Leningradi_Edasi_toimetus, lk 28
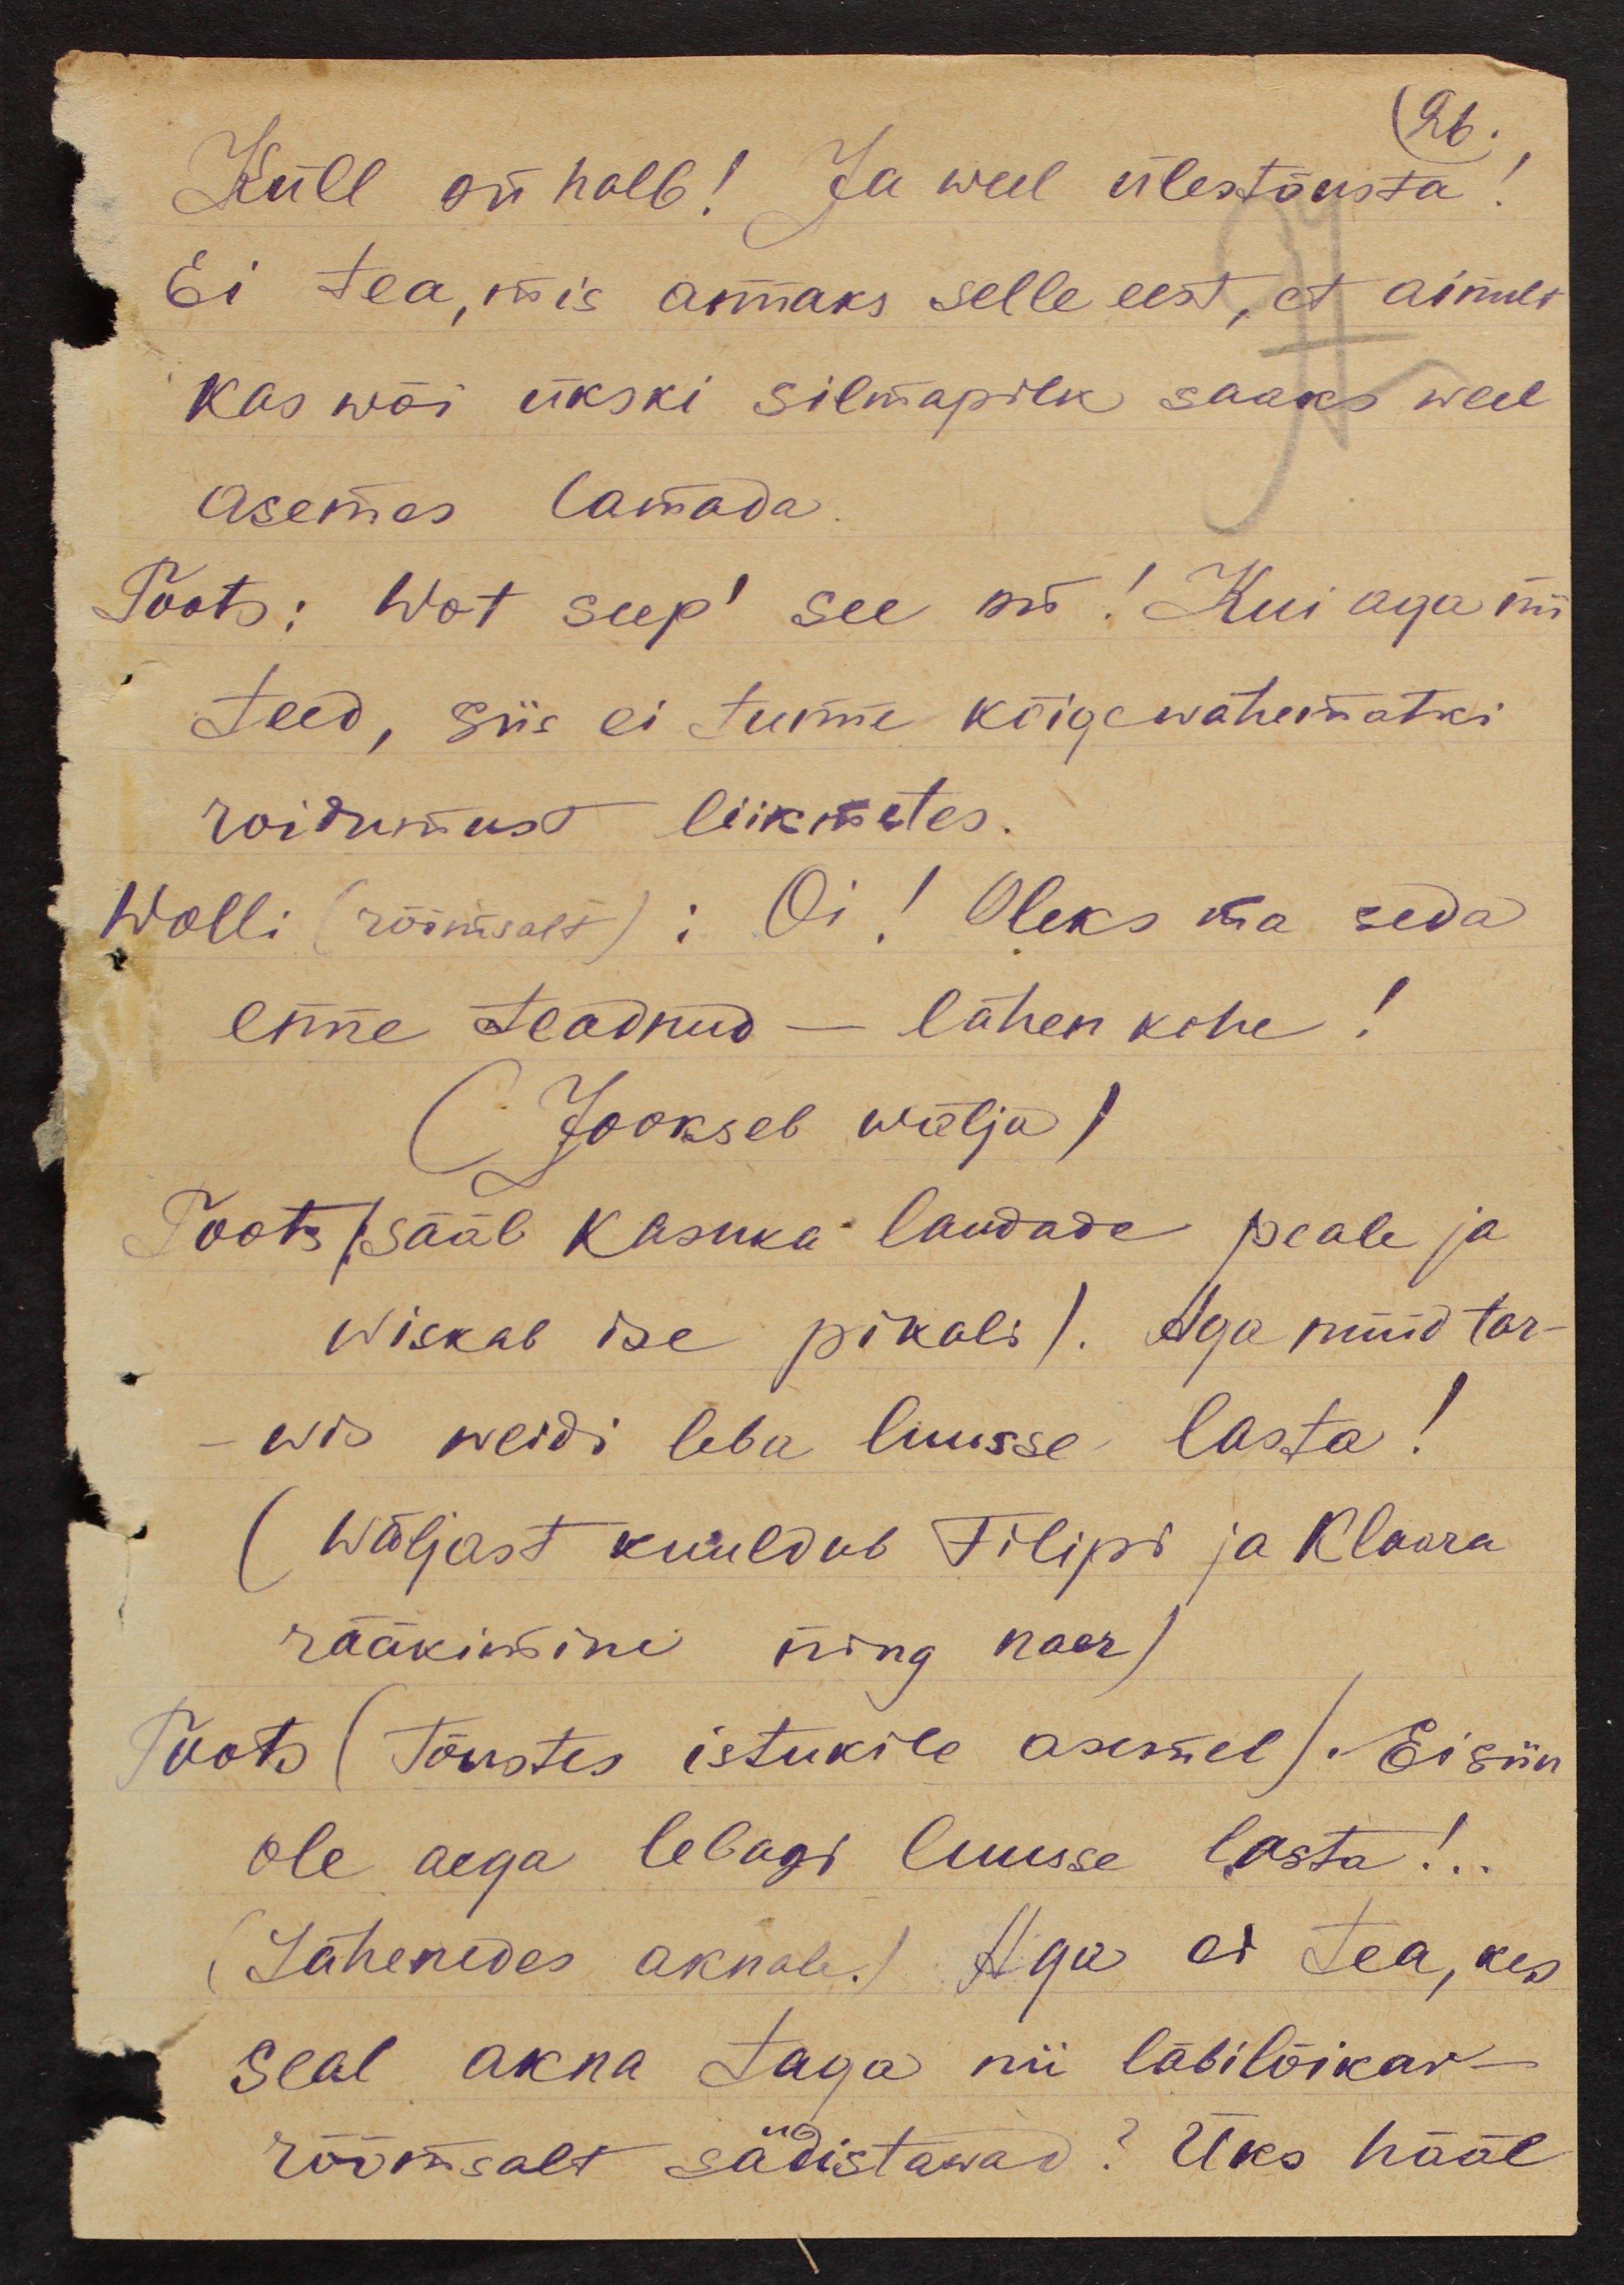
26.
Küll on halb! Ja weel ülestõusta!
Ei tea, mis annaks selle eest, et ainult
kas wõi ükski silmapilk saaks weel
asemes lamada
Toots: Wot seep' see on! Kui aga nii
teed, siis ei tunne kõigewähematki
roidumust liikmetes.
Wolli (rõõmsalt): Oi! Oleks ma seda
enne teadnud - lähen kohe!
(Jookseb wälja)
Toots (sääb kasuka laudade peale ja
wiskab ise pikali). Aga nüüd tar-
wis weidi leba luusse lasta!
(Wäljast kuuldub Filipi ja Klaara
rääkimine ning naer)
Toots (Tõustes istukile asemel). Ei siin
ole aega lebagi luusse lasta!..
(Lähenedes aknale.) Aga ei tea, kes
seal akna taga nii läbilõikav-
rõõmsalt sädistawad? Üks hääl